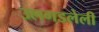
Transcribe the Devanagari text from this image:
उलगडलेली